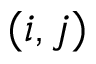
( i , j )